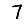
Digit: 7